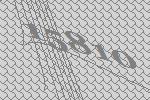
15810